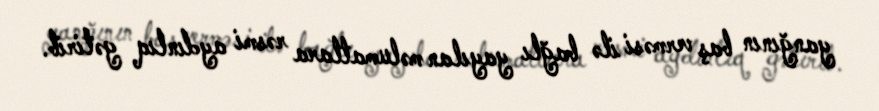
yanğının baş verməsi ilə bağlı yayılan məlumatlara rəsmi aydınlıq gətirib.